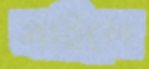
বাইলে